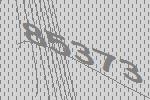
85373